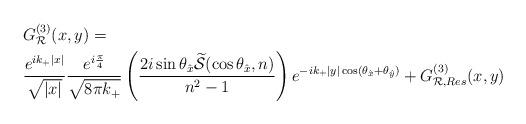
LaTeX: \begin{align*}& G^{(3)}_{\mathcal R}(x,y)=\\&\frac{e^{ik_{+}\vert x \vert}}{\sqrt{\vert x \vert}}\frac{e^{i\frac{\pi}4}}{\sqrt{8\pi k_{+}}}\left(\frac{2i\sin\theta_{\hat x}\widetilde{\mathcal S}(\cos\theta_{\hat x},n)}{n^2-1}\right) e^{-ik_{+}\vert y \vert\cos(\theta_{\hat x}+\theta_{\hat y})} + G^{(3)}_{\mathcal R,Res}(x,y)\end{align*}